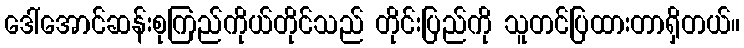
ဒေါ်အောင်ဆန်းစုကြည်ကိုယ်တိုင်သည် တိုင်းပြည်ကို သူတင်ပြထားတာရှိတယ်။